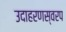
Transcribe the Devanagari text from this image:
उदाहरणस्वरप